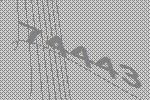
74443